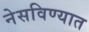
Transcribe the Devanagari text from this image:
नेसविण्यात